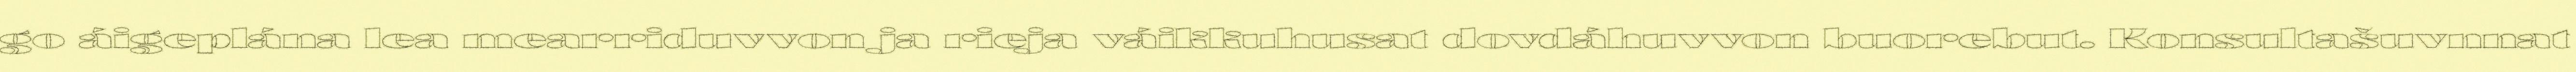
go áigeplána lea mearriduvvon ja rieja váikkuhusat dovdáhuvvon buorebut. Konsultašuvnnat